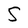
Character: S